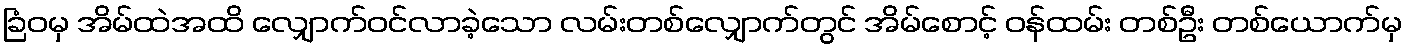
ခြံဝမှ အိမ်ထဲအထိ လျှောက်ဝင်လာခဲ့သော လမ်းတစ်လျှောက်တွင် အိမ်စောင့် ဝန်ထမ်း တစ်ဦး တစ်ယောက်မှ